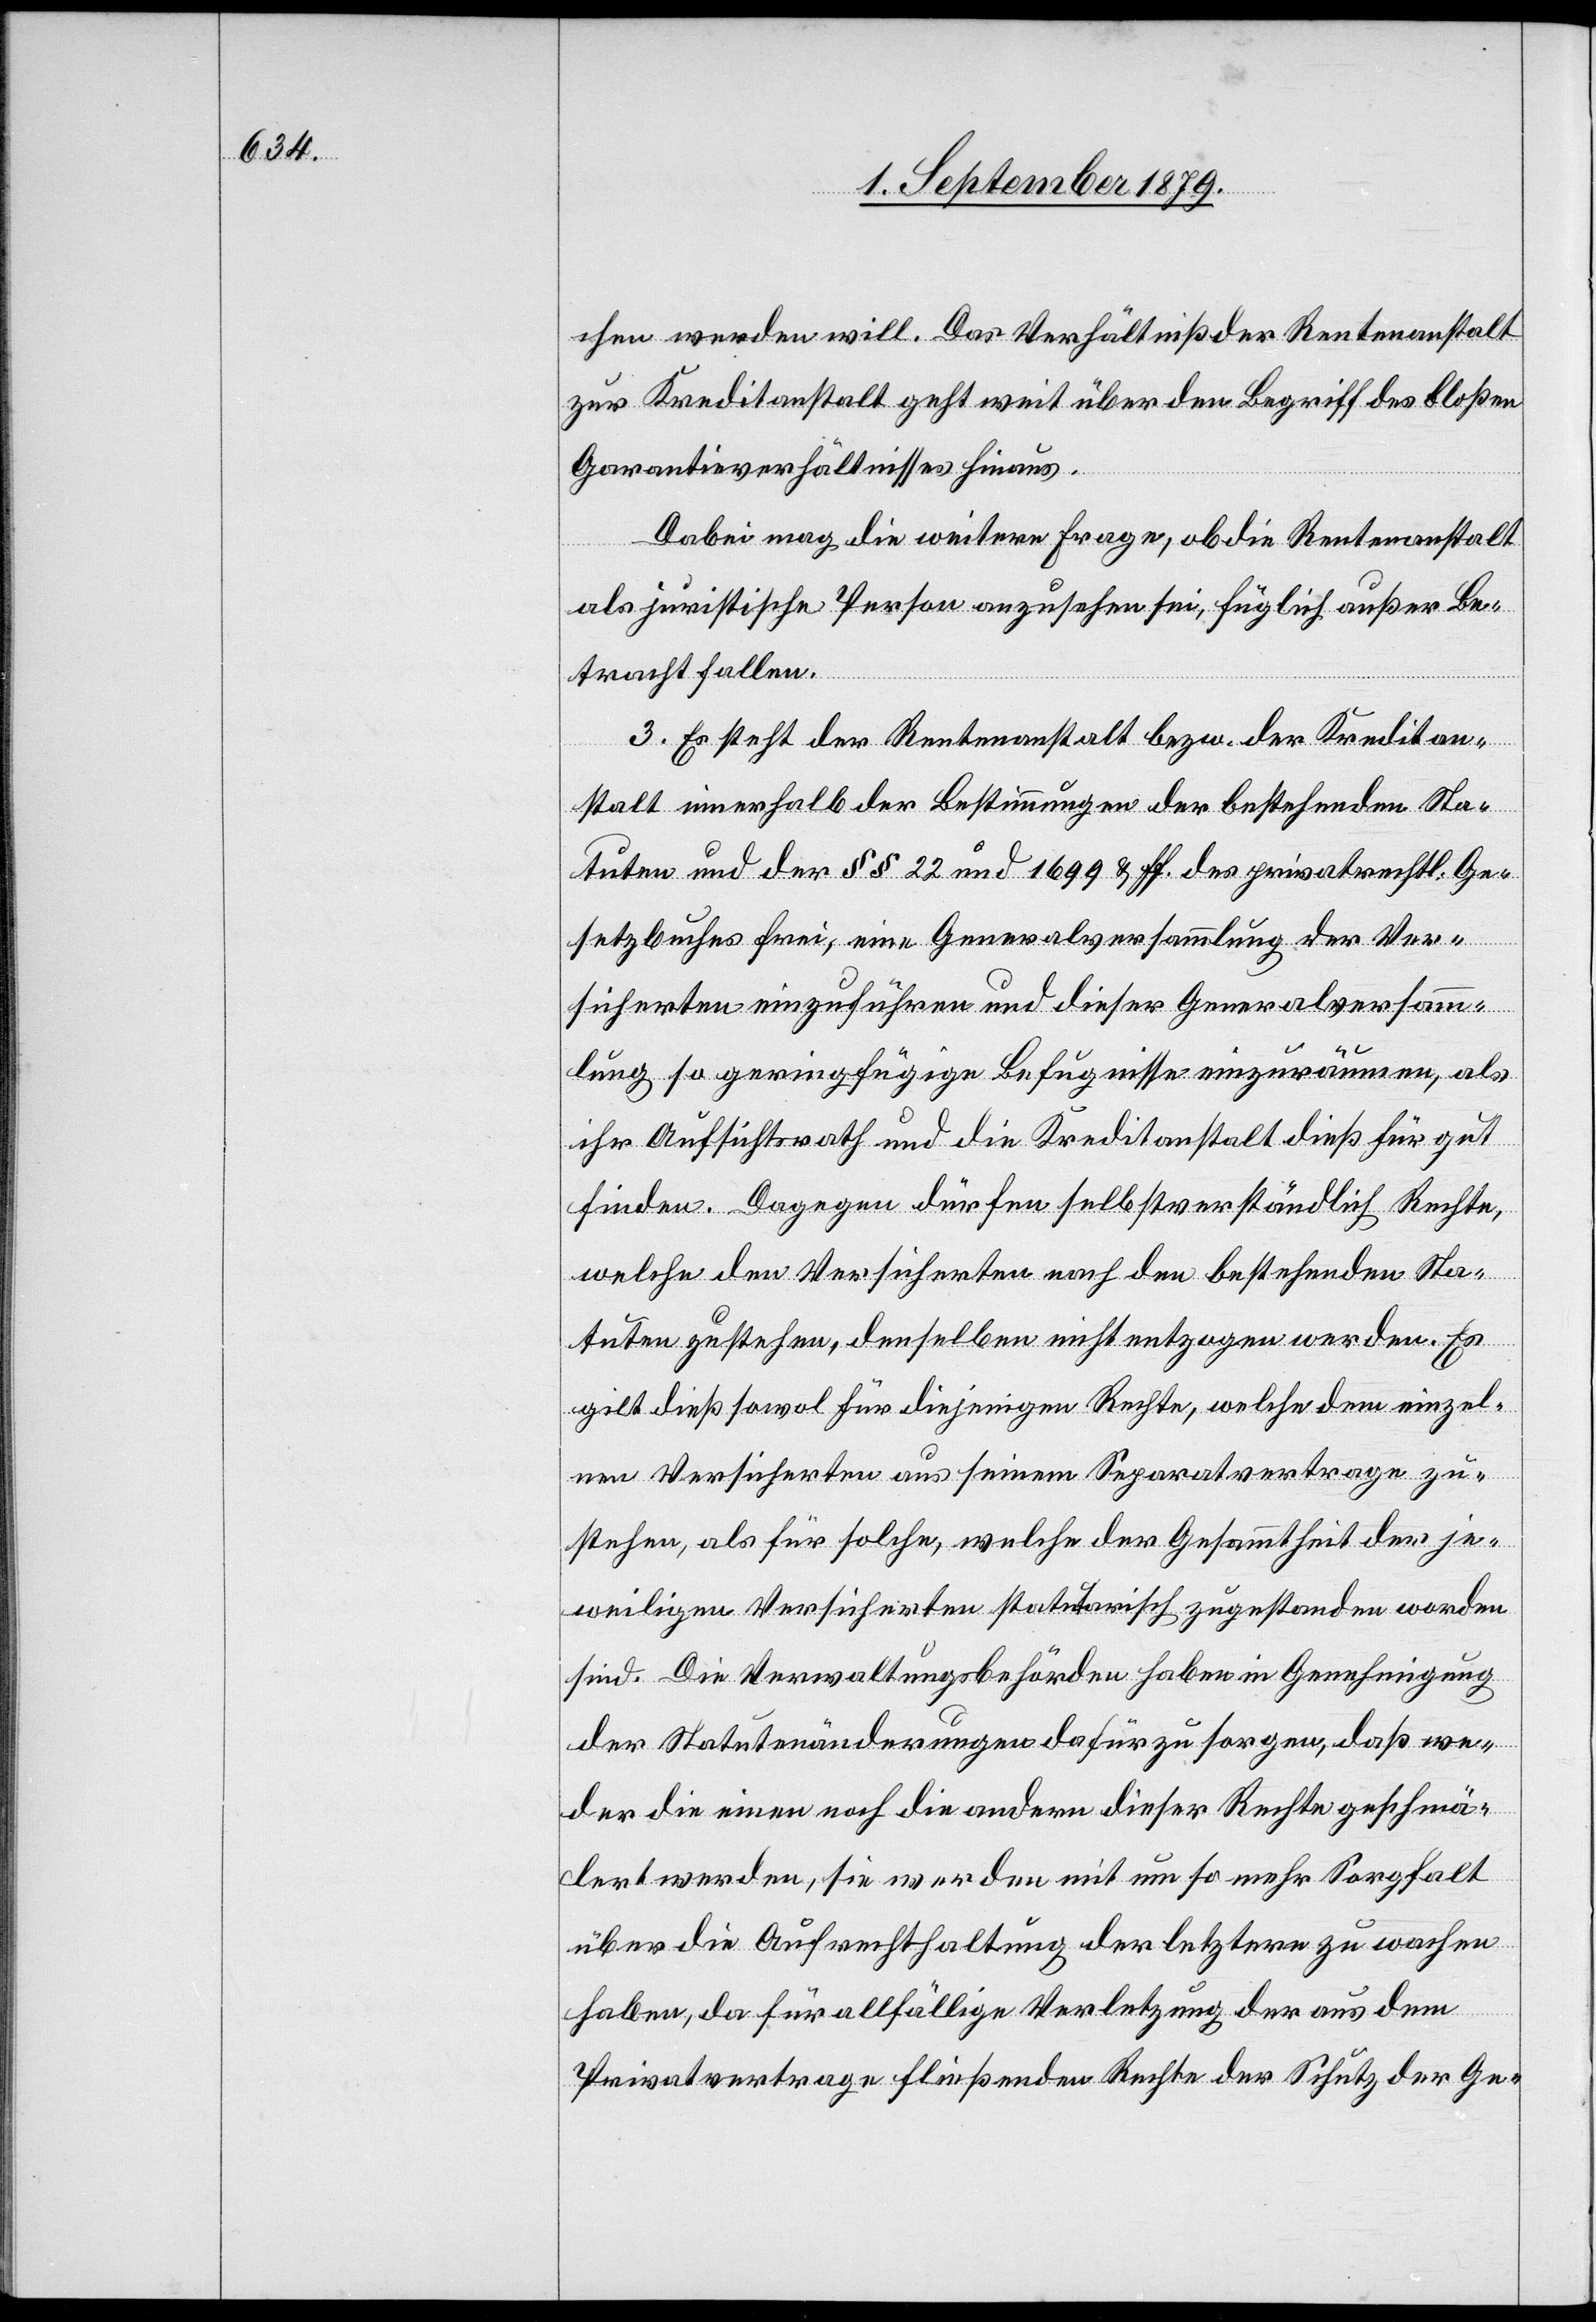
chen werden will. Das Verhältniß der Rentenanstalt
zur Kreditanstalt geht weit über den Begriff des bloßen
Garantieverhältnisses hinaus.
Dabei mag die weitere Frage, ob die Rentenanstalt
als juristische Person anzusehen sei, füglich außer Be¬
tracht fallen.
3. Es steht der Rentenanstalt bezw. der Kreditan¬
stalt innerhalb der Bestimmungen der bestehenden Sta¬
tuten und der §§ 22 und 1699 & ff. des privatrechtl. Ge¬
setzbuches frei, eine Generalversammlung der Ver¬
sicherten einzuführen und dieser Generalversamm¬
lung so geringfügige Befugnisse einzuräumen, als
ihr Aufsichtsrath und die Kreditanstalt dieß für gut
finden. Dagegen dürfen selbstverständlich Rechte,
welche den Versicherten nach den bestehenden Sta¬
tuten zustehen, denselben nicht entzogen werden. Es
gilt dieß sowol für diejenigen Rechte, welche dem einzel¬
nen Versicherten aus seinem Separatvertrage zu¬
stehen, als für solche, welche der Gesammtheit der je¬
weiligen Versicherten statutarisch zugestanden worden
sind. Die Verwaltungsbehörden haben in Genehmigung
der Statutenänderungen dafür zu sorgen, daß we¬
der die einen noch die andern dieser Rechte geschmä¬
lert werden, sie werden mit um so mehr Sorgfalt
über die Aufrechthaltung der letztern zu wachen
haben, da für allfällige Verletzung der aus dem
Privatvertrage fließenden Rechte der Schutz der Ge-